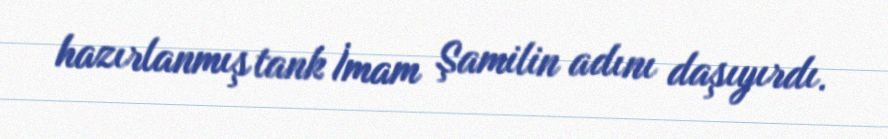
hazırlanmış tank İmam Şamilin adını daşıyırdı.